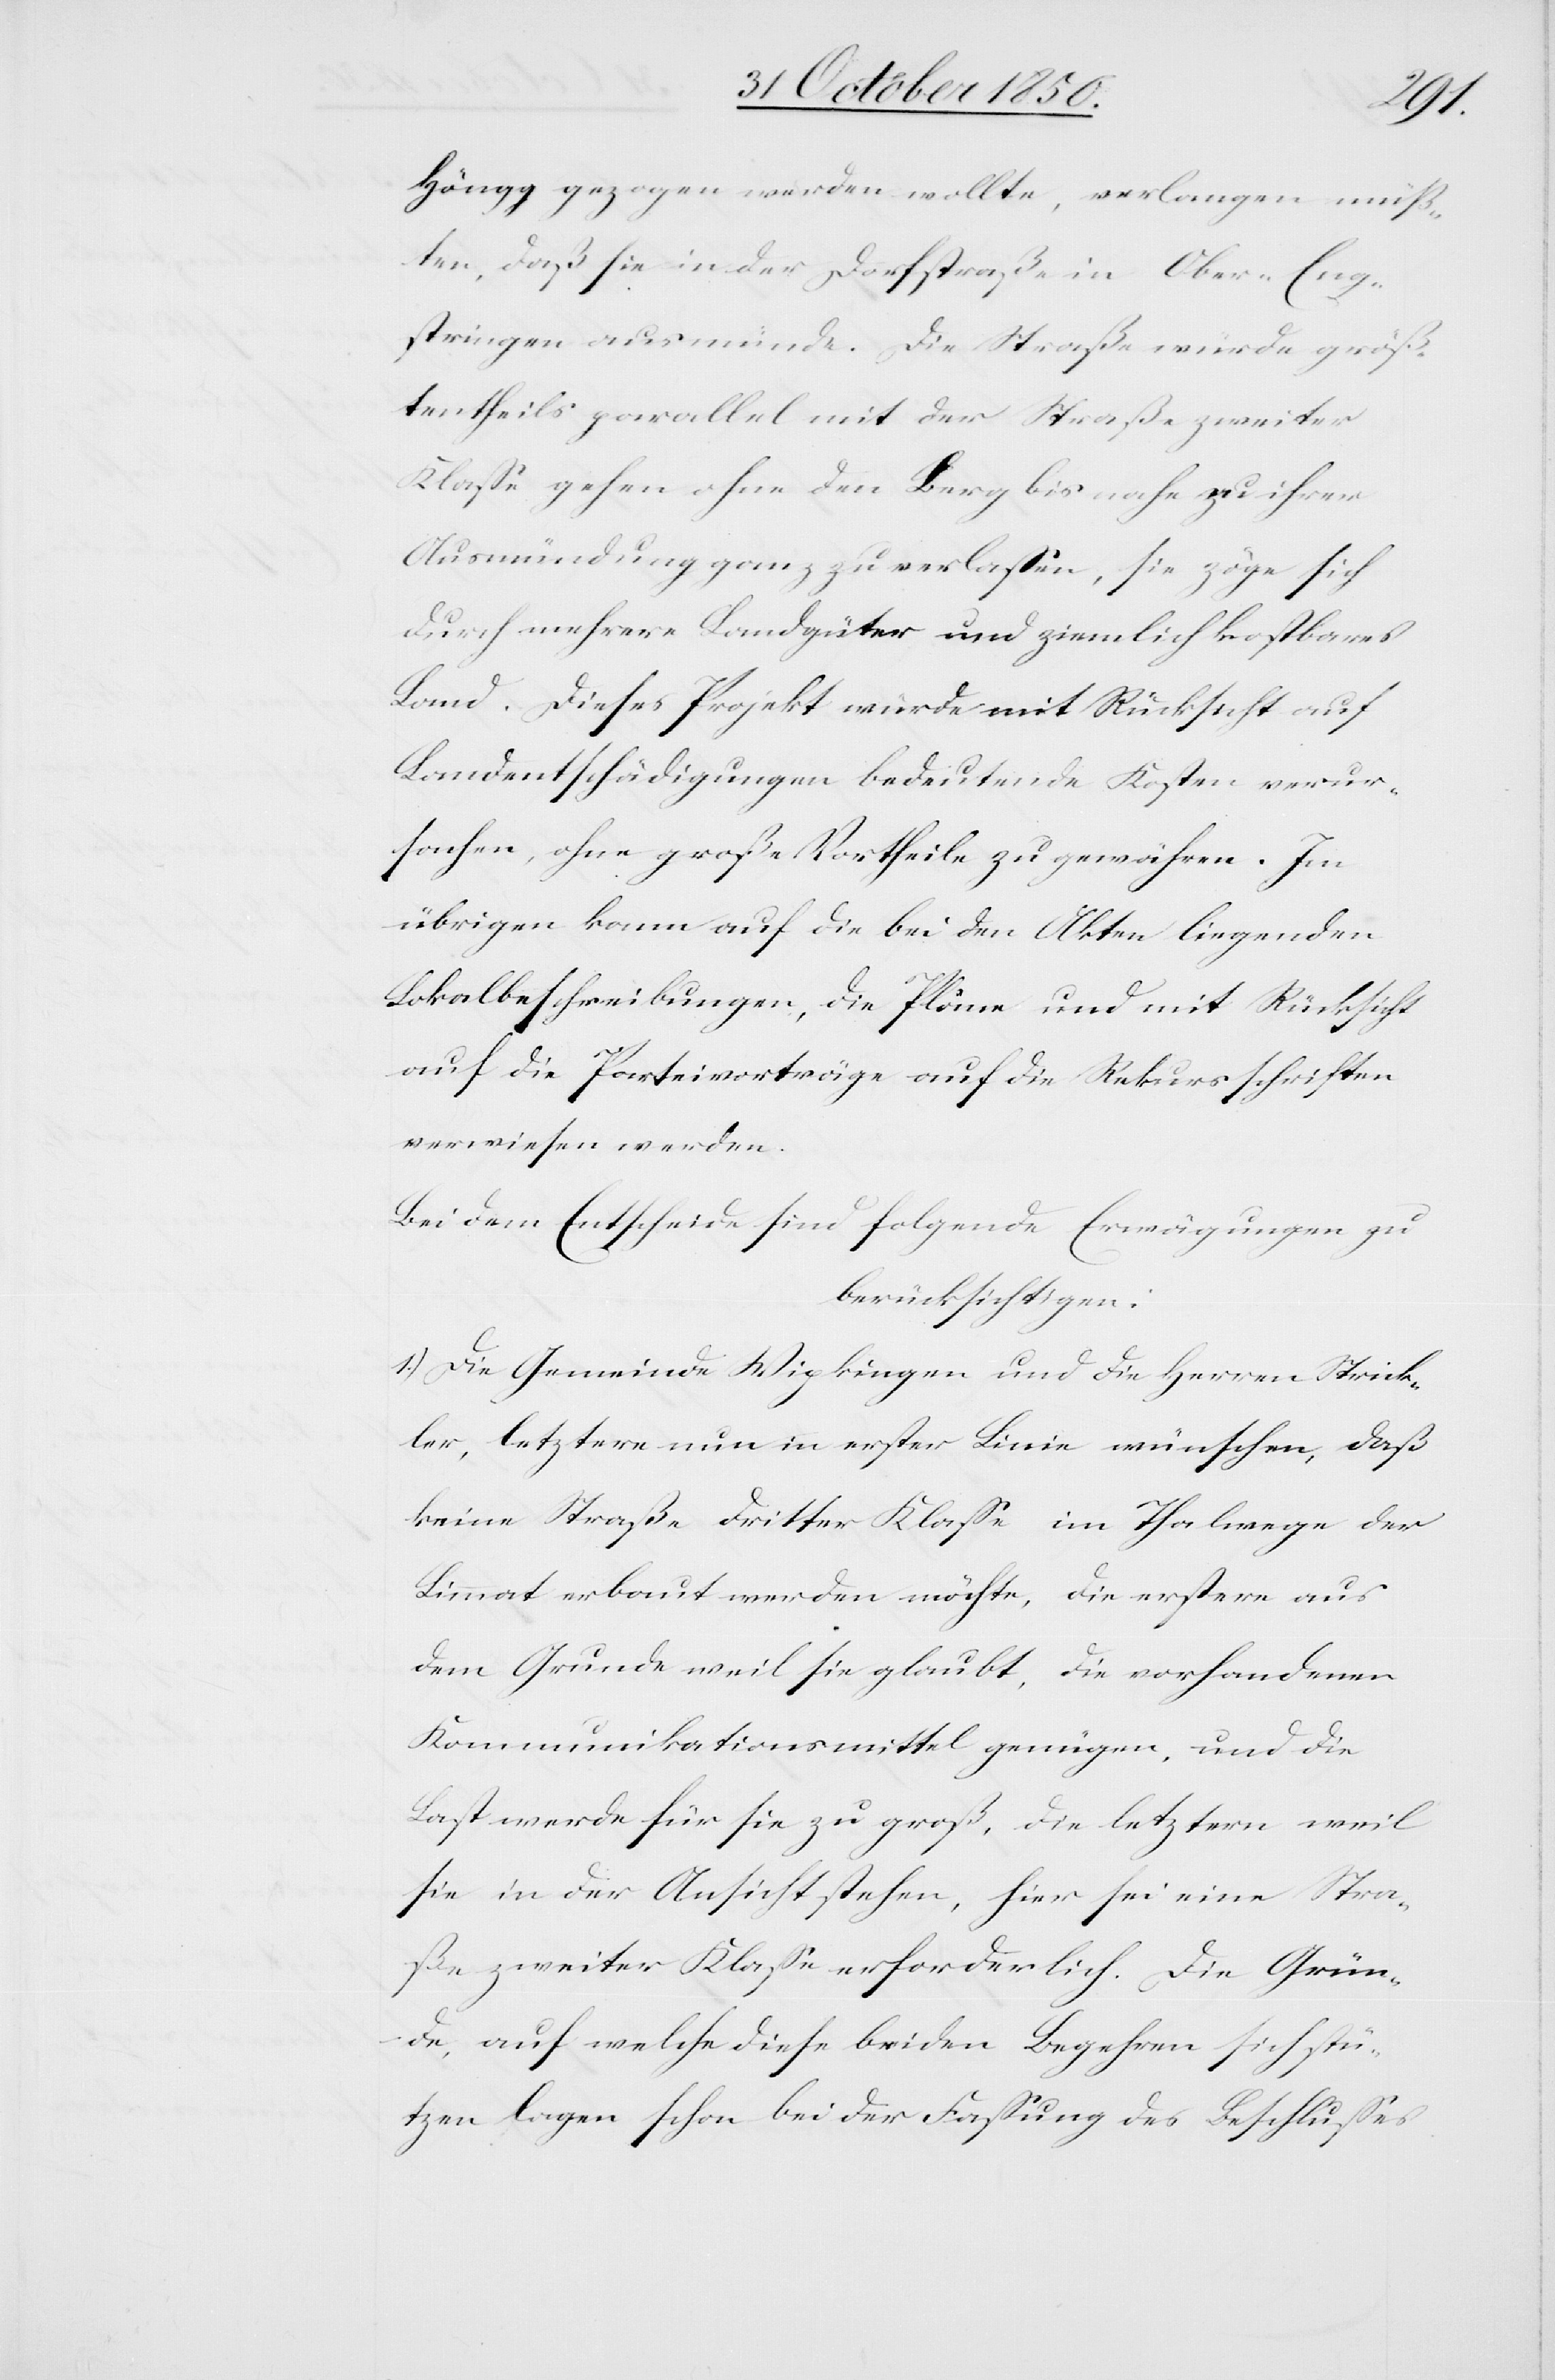
Höngg gezogen werden wollte, verlangen müß¬
ten, daß sie in der Dorfstraße in Ober-Eng¬
stringen ausmünde. Die Straße würde größ¬
tentheils parallel mit der Straße zweiter
Klasse gehen ohne den Berg bis nahe zu ihrer
Ausmündung ganz zu verlassen, sie zöge sich
durch mehrere Landgüter und ziemlich kostbares
Land. Dieses Projekt würde mit Rücksicht auf
Landentschädigungen bedeutende Kosten verur¬
sachen, ohne große Vortheile zu gewähren. Im
übrigen kann auf die bei den Akten liegenden
Lokalbeschreibungen, die Pläne und mit Rücksicht
auf die Parteiverträge auf die Rekursschriften
verweisen werden.
Bei dem Entscheide sind folgende Erwägungen zu
berücksichtigen.
1.) Die Gemeinde Wipkingen und die Herren Strick¬
ler, letztere nun in erster Linie wünschen, daß
keine Straße dritter Klasse im Thalwege der
Limmat erbaut werden möchte, die erstere aus
dem Grunde weil sie glaubt, die vorhandenen
Kommunikationsmittel genügen, und die
Last werde für sie zu groß, die letztern weil
sie in der Ansicht stehen, hier sei eine Stra¬
ße zweiter Klasse erforderlich. Die Grün¬
de, auf welche diese beiden Begehren sich stü¬
tzen lagen schon bei der Fassung des Beschlusses